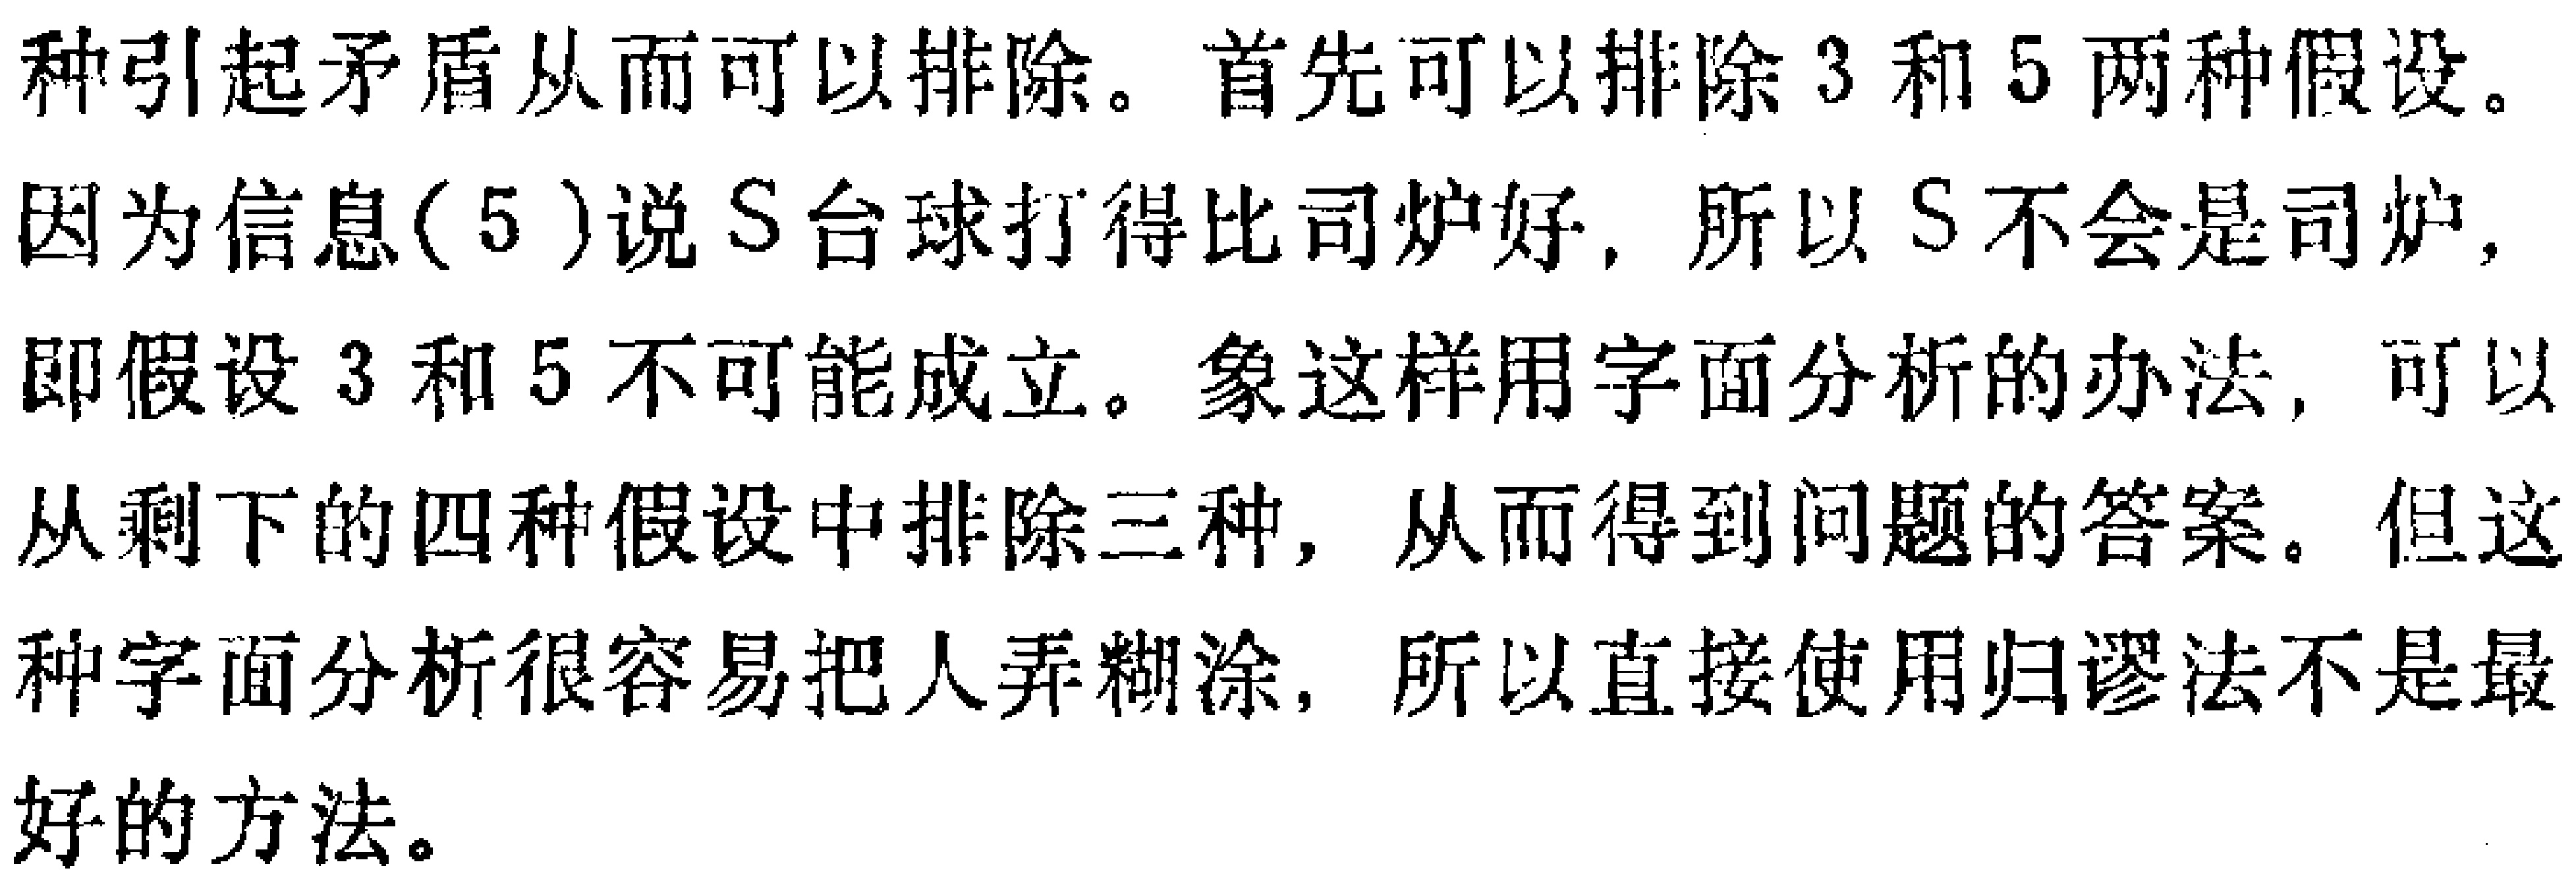
种引起矛盾从而可以排除。首先可以排除3和5两种假设。
因为信息(5)说S台球打得比司炉好，所以S不会是司炉，
即假设3和5不可能成立。象这样用字面分析的办法，可以
从剩下的四种假设中排除三种，从而得到问题的答案。但这
种字面分析很容易把人弄糊涂，所以直接使用归谬法不是最
好的方法。